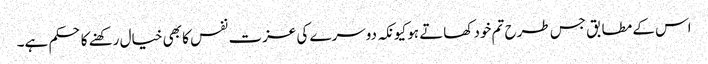
اس کے مطابق جس طرح تم خود کھاتے ہو کیونکہ دوسرے کی عزت نفس کا بھی خیال رکھنے کا حکم ہے۔